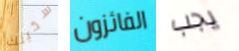
سكينك الفائزون يجب